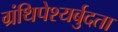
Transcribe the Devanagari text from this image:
ग्रंथिपेश्यर्बुदता